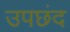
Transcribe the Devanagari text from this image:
उपछंद